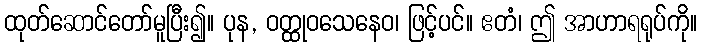
ထုတ်ဆောင်တော်မူပြီး၍။ ပုန, ဝတ္ထုဝသေနေဝ၊ ဖြင့်ပင်။ ဧတံ၊ ဤ အာဟာရရုပ်ကို။